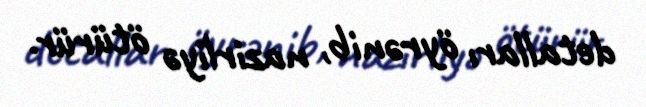
detalları öyrənib, nazirliyə ötürür.